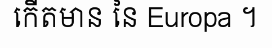
កើតមាន នៃ Europa ។